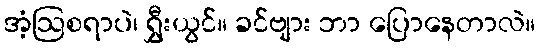
အံ့ဩစရာပဲ၊ ရွှီးယွင်။ ခင်ဗျား ဘာ ပြောနေတာလဲ။